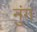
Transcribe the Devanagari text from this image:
नुंग